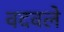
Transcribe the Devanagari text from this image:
वदवले